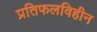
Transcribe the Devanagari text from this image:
प्रतिफलविहीन